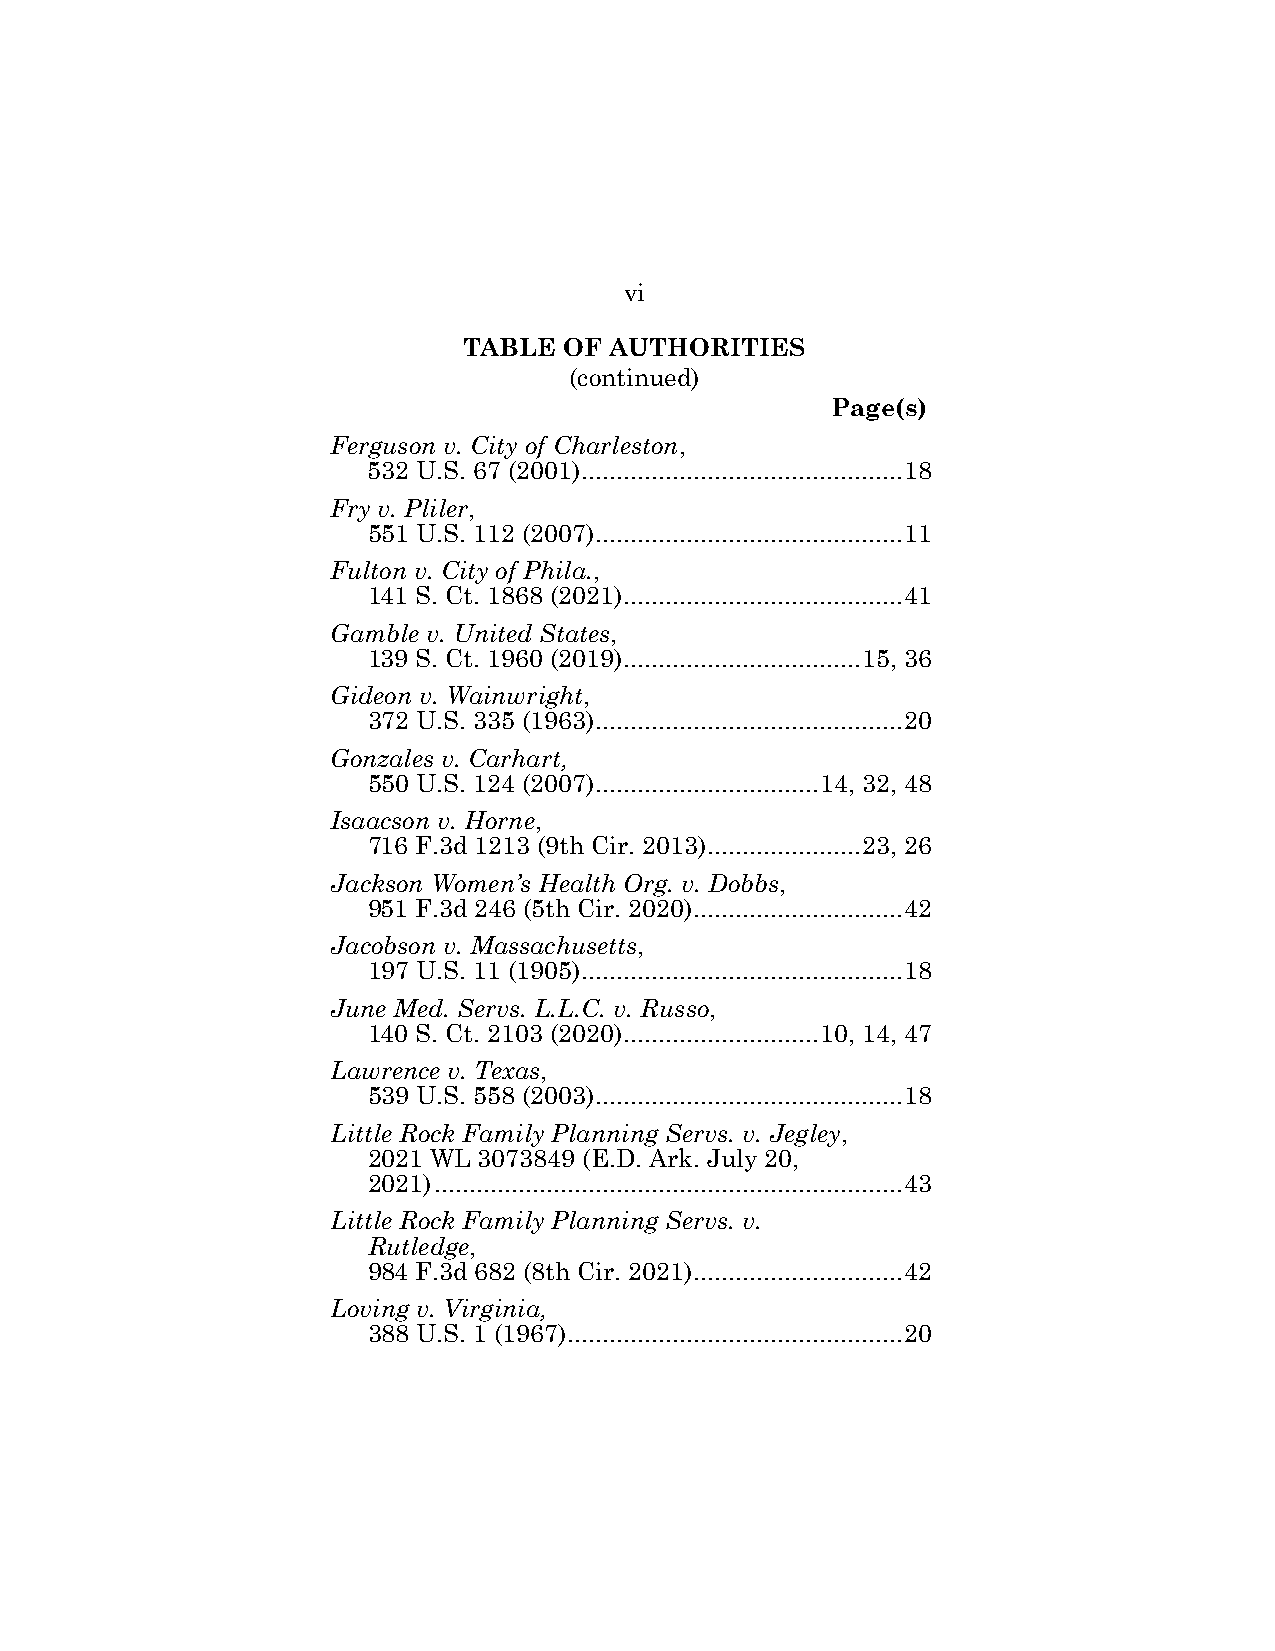
vi
 TABLE OF AUTHORITIES
 (continued)
 Page(s)
 Ferguson v. City of Charleston,
 532 U.S. 67 (2001) .............................................. 18
 Fry v. Pliler,
 551 U.S. 112 (2007) ............................................ 11
 Fulton v. City of Phila.,
 141 S. Ct. 1868 (2021) ........................................ 41
 Gamble v. United States,
 139 S. Ct. 1960 (2019) .................................. 15, 36
 Gideon v. Wainwright,
 372 U.S. 335 (1963) ............................................ 20
 Gonzales v. Carhart,
 550 U.S. 124 (2007) ................................ 14, 32, 48
 Isaacson v. Horne,
 716 F.3d 1213 (9th Cir. 2013) ...................... 23, 26
 Jackson Women’s Health Org. v. Dobbs,
 951 F.3d 246 (5th Cir. 2020) .............................. 42
 Jacobson v. Massachusetts,
 197 U.S. 11 (1905) .............................................. 18
 June Med. Servs. L.L.C. v. Russo,
 140 S. Ct. 2103 (2020) ............................ 10, 14, 47
 Lawrence v. Texas,
 539 U.S. 558 (2003) ............................................ 18
 Little Rock Family Planning Servs. v. Jegley,
 2021 WL 3073849 (E.D. Ark. July 20,
 2021) ................................................................... 43
 Little Rock Family Planning Servs. v.
 Rutledge,
 984 F.3d 682 (8th Cir. 2021) .............................. 42
 Loving v. Virginia,
 388 U.S. 1 (1967) ................................................ 20